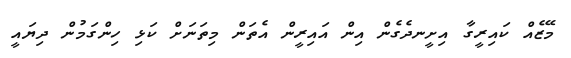
މޭޒެއް ކައިރީގާ އިށީނދެގެން އިން އައިރީން އެތަން މިތަނަށް ކަޅި ހިންގަމުން ދިޔައީ